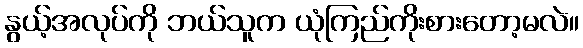
နွယ့်အလုပ်ကို ဘယ်သူက ယုံကြည်ကိုးစားတော့မလဲ။